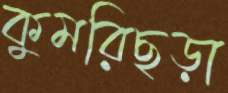
কুমরিছড়া